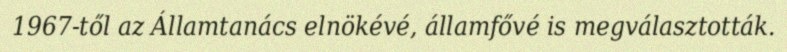
1967-től az Államtanács elnökévé, államfővé is megválasztották.